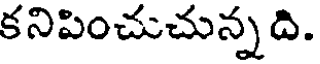
కనిపించుచున్నది.